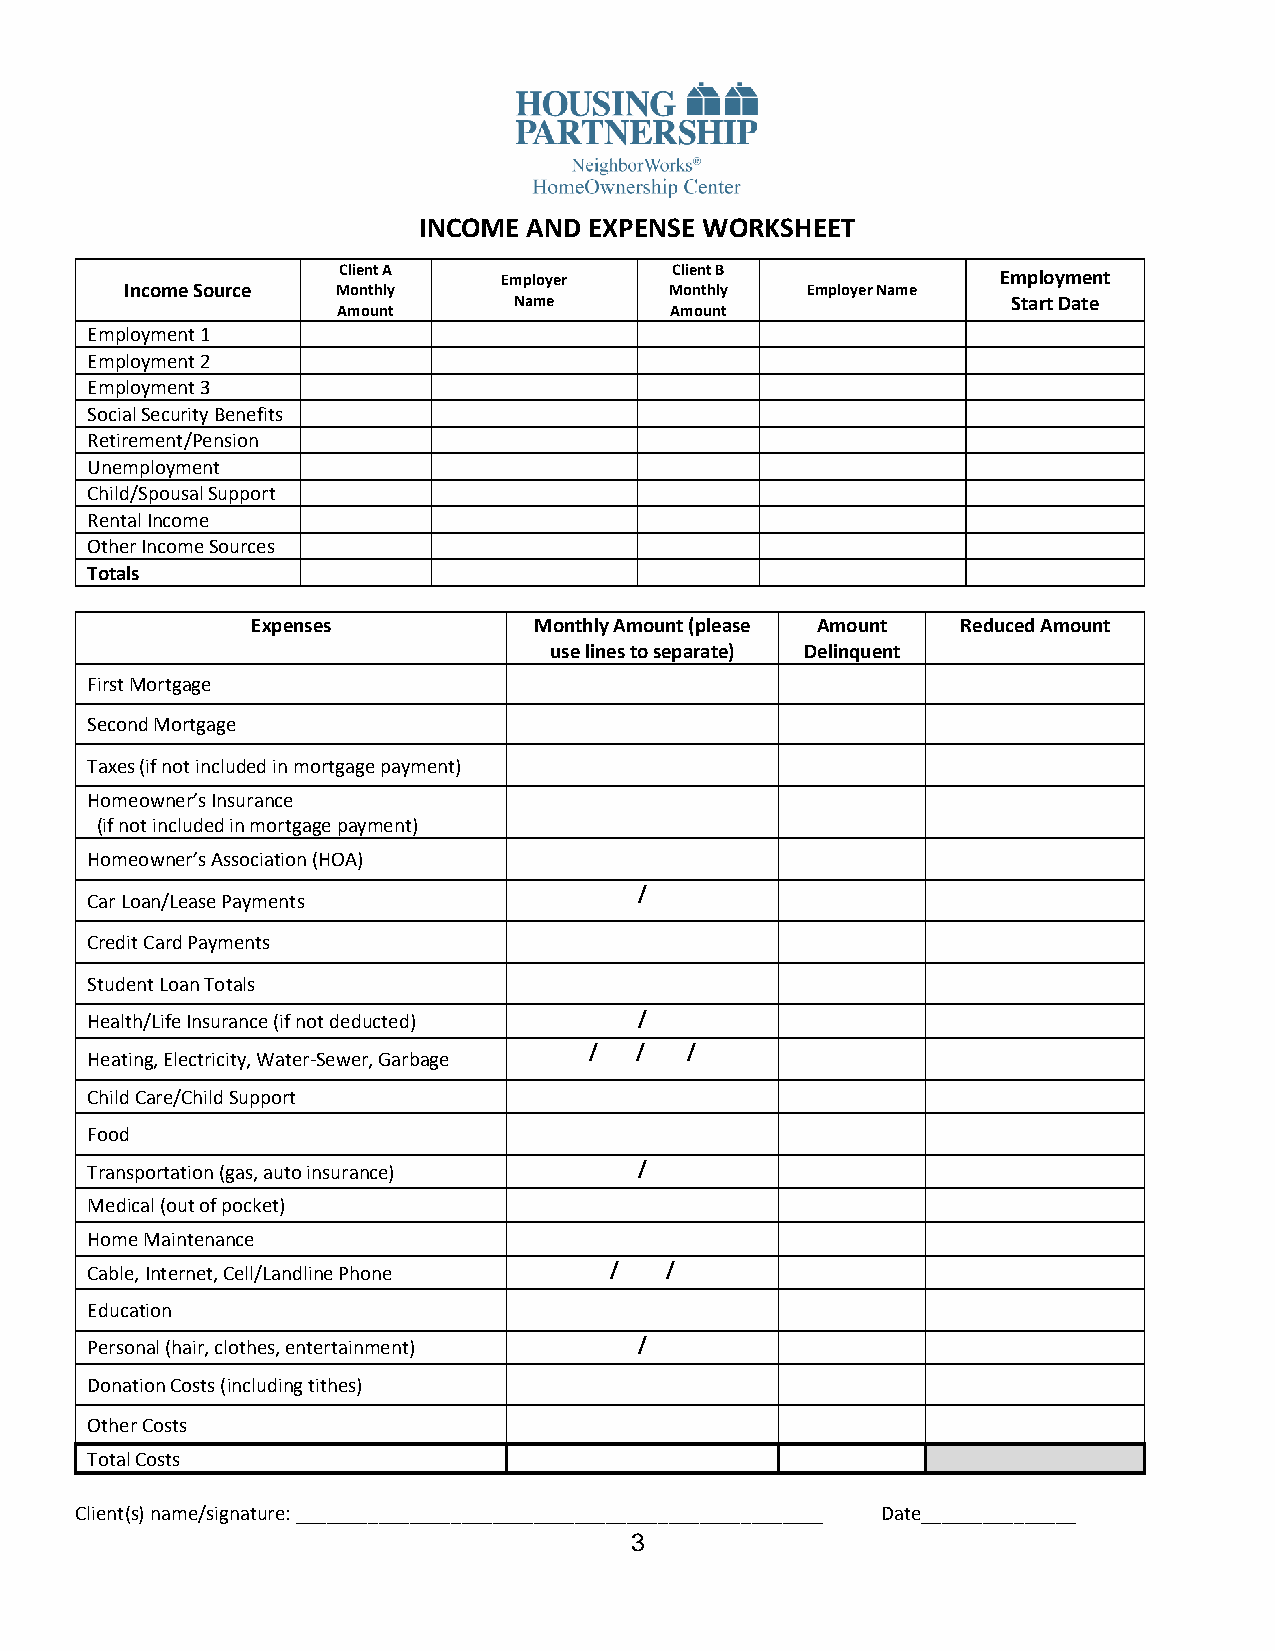
INCOME AND EXPENSE WORKSHEET
 Client A   Employer   Client B              Employment
 Income Source Monthly               Monthly  Employer Name
 Name                             Start Date
 Amount                Amount
 Employment 1
 Employment 2
 Employment 3
 Social Security Benefits
 Retirement/Pension
 Unemployment
 Child/Spousal Support
 Rental Income
 Other Income Sources
 Totals
 Expenses          Monthly Amount (please Amount Reduced Amount
 use lines to separate) Delinquent
 First Mortgage
 Second Mortgage
 Taxes (if not included in mortgage payment)
 Homeowner’s Insurance
 (if not included in mortgage payment)
 Homeowner’s Association (HOA)
 /
 Car Loan/Lease Payments
 Credit Card Payments
 Student Loan Totals
 Health/Life Insurance (if not deducted) /
 /  /  /
 Heating, Electricity, Water-Sewer, Garbage
 Child Care/Child Support
 Food
 Transportation (gas, auto insurance) /
 Medical (out of pocket)
 Home Maintenance
 Cable, Internet, Cell/Landline Phone / /
 Education
 Personal (hair, clothes, entertainment) /
 Donation Costs (including tithes)
 Other Costs
 Total Costs
 Client(s) name/signature: ___________________________________________________ Date_______________
 3